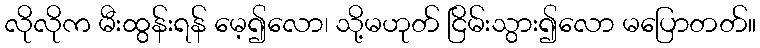
လိုလိုက မီးထွန်းရန် မေ့၍လော၊ သို့မဟုတ် ငြိမ်းသွား၍လော မပြောတတ်။